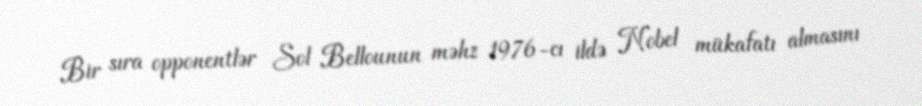
Bir sıra opponentlər Sol Bellounun məhz 1976-cı ildə Nobel mükafatı almasını